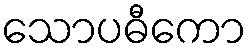
သောပဓီကော